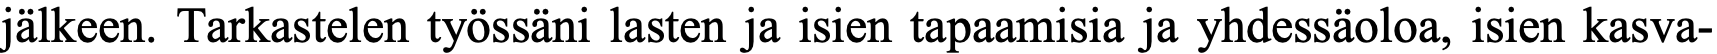
jälkeen. Tarkastelen työssäni lasten ja isien tapaamisia ja yhdessäoloa, isien kasva-